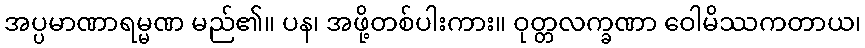
အပ္ပမာဏာရမ္မဏ မည်၏။ ပန၊ အဖို့တစ်ပါးကား။ ဝုတ္တလက္ခဏာ ဝေါမိဿကတာယ၊